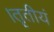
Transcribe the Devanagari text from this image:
।तृतीयं